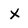
Character: x